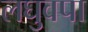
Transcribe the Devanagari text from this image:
लघुवपा